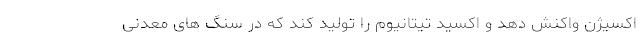
اکسیژن واکنش دهد و اکسید تیتانیوم را تولید کند که در سنگ های معدنی